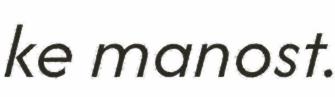
ke manost.